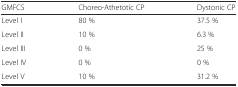
| GMFCS | Choreo-Athetotic CP | Dystonic CP |
 | --- | --- | --- |
 | Level I | 80 % | 37.5 % |
 | Level II | 10 % | 6.3 % |
 | Level III | 0 % | 25 % |
 | Level IV | 0 % | 0 % |
 | Level V | 10 % | 31.2 % |